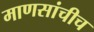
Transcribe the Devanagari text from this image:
माणसांचीच